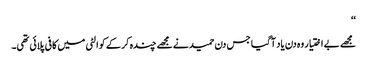
‘‘
مجھے بے اختیار وہ دن یاد آگیا جس دن حمید نے مجھے چندہ کر کے کوالٹی میں کافی پلائی تھی۔